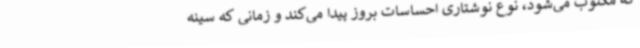
که مکتوب می‌شود، نوع نوشتاری احساسات بروز پیدا می‌کند و زمانی که سینه